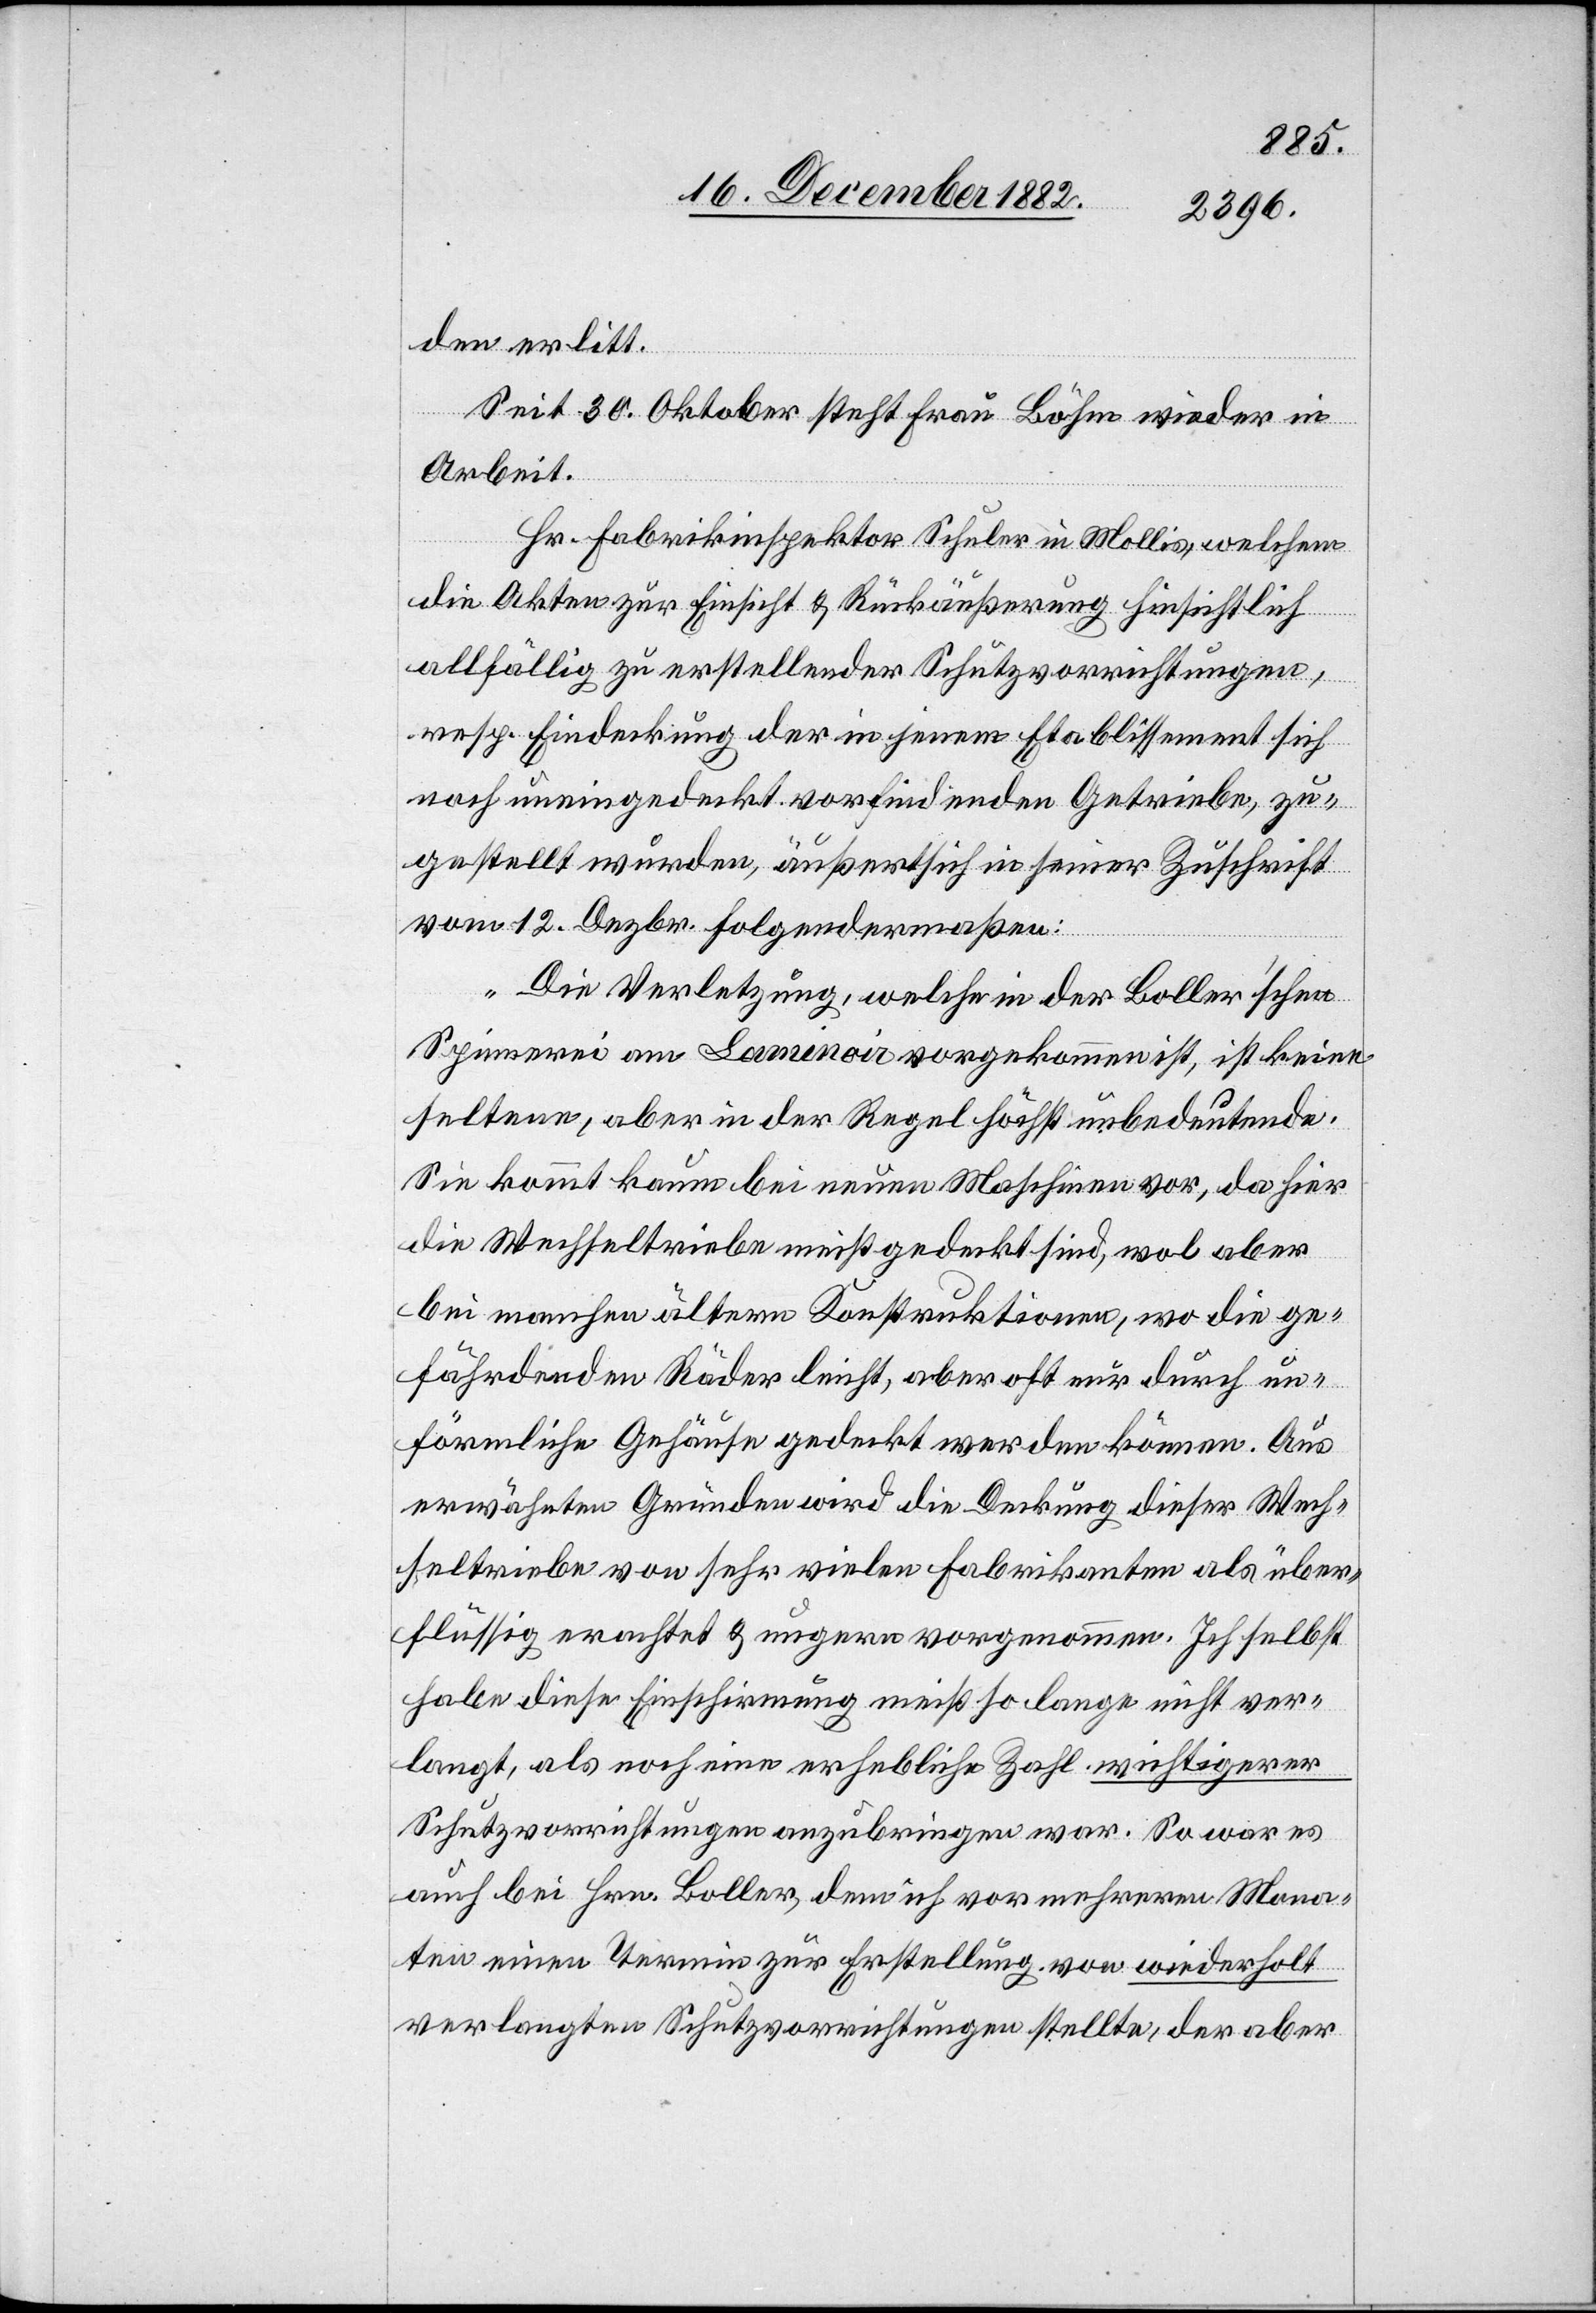
den erlitt.
Seit 30. Oktober steht Frau Böhm wieder in
Arbeit.
Hr. Fabrikinspektor Schuler in Mollis, welchem
die Akten zur Einsicht & Rückäußerung hinsichtlich
allfällig zu erstellender Schutzvorrichtungen,
resp. Eindeckung der in jenem Etablissement sich
noch uneingedeckt vorfindenden Getriebe, zu¬
gestellt wurden, äußert sich in seiner Zuschrift
vom 12. Dezbr. folgendermaßen:
„Die Verletzung, welche in der Boller’schen
Spinnerei am Laminoir vorgekommen ist, ist keine
seltene, aber in der Regel höchst unbedeutende.
Sie kommt kaum bei neuen Maschinen vor, da hier
die Wechseltriebe meist gedeckt sind, wol aber
bei manchen ältern Konstruktionen, wo die ge¬
fährdenden Räder leicht, aber oft nur durch un¬
förmliche Gehäuse gedeckt werden können. Aus
erwähnten Gründen wird die Deckung dieser Wech¬
seltriebe von sehr vielen Fabrikanten als über¬
flüssig erachtet & ungern vorgenommen. Ich selbst
habe diese Einschirmung meist so lange nicht ver¬
langt, als noch eine erhebliche Zahl wichtigerer
Schutzvorrichtungen anzubringen war. So war es
auch bei Hrn. Boller, dem ich vor mehreren Mona¬
ten einen Termin zur Erstellung von wiederholt
verlangten Schutzvorrichtungen stellte, der aber